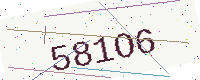
Text: 581O6